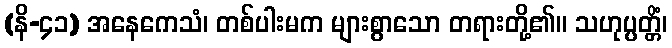
(နိ-၄၁) အနေကေသံ၊ တစ်ပါးမက များစွာသော တရားတို့၏။ သဟုပ္ပတ္တိံ၊